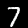
Digit: 7